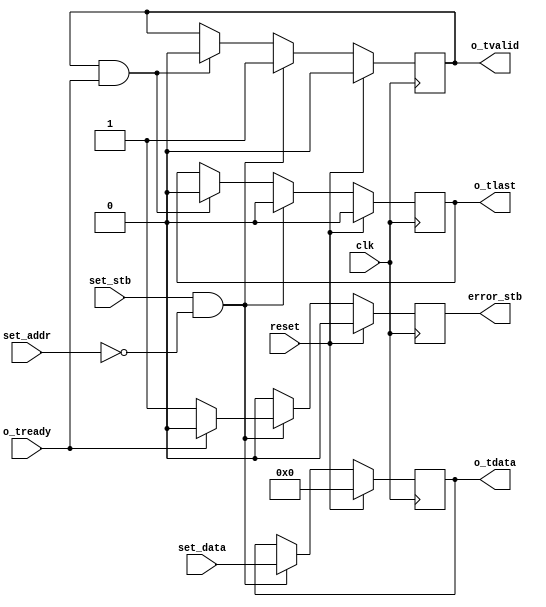
//
// Copyright 2016 Ettus Research
// Copyright 2018 Ettus Research, a National Instruments Company
//
// SPDX-License-Identifier: LGPL-3.0-or-later
//
// Settings register with AXI stream output.
//
// Parameters / common use cases:
// USE_ADDR_LAST & ADDR_LAST  User wants additional address that when written to asserts tlast.
//                            Useful for the last word in a packet.
// USE_FIFO & FIFO_SIZE       Downstream block can throttle and a FIFO is needed to handle that case.
// STROBE_LAST                User always wants to assert tlast on writes. More efficient than USE_ADDR_LAST
//                            since only one address is used instead of two.
// REPEATS                    Keep tvalid asserted after initial write.
// STROBE_LAST & REPEATS      tlast is asserted on the initial write then deasserted for repeating output. 
// MSB_ALIGN                  Left justify data versus right justify.

module axi_setting_reg #(
  parameter ADDR = 0,
  parameter USE_ADDR_LAST = 0,
  parameter ADDR_LAST = ADDR+1,
  parameter AWIDTH = 8,
  parameter WIDTH = 32,
  parameter USE_FIFO = 0,
  parameter FIFO_SIZE = 5,
  parameter DATA_AT_RESET = 0,
  parameter VALID_AT_RESET = 0,
  parameter LAST_AT_RESET = 0,
  parameter STROBE_LAST = 0,
  parameter REPEATS = 0,
  parameter MSB_ALIGN = 0
)
(
  input clk, input reset, output reg error_stb,
  input set_stb, input [AWIDTH-1:0] set_addr, input [31:0] set_data,
  output [WIDTH-1:0] o_tdata, output o_tlast, output o_tvalid, input o_tready
);

  reg init;

  reg [WIDTH-1:0] o_tdata_int;
  reg o_tlast_int, o_tvalid_int = VALID_AT_RESET;
  wire o_tready_int;

  always @(posedge clk) begin
    if (reset) begin
      o_tdata_int <= DATA_AT_RESET;
      o_tvalid_int <= VALID_AT_RESET;
      o_tlast_int <= LAST_AT_RESET;
      init <= 1'b0;
      error_stb <= 1'b0;
    end else begin
      error_stb <= 1'b0;
      if (o_tvalid_int & o_tready_int) begin
        // Deassert tvalid / tlast only if not repeating the output
        if (REPEATS == 0) begin
          o_tvalid_int <= 1'b0;
        end
        if ((REPEATS == 0) | (STROBE_LAST == 1)) begin
          o_tlast_int <= 1'b0;
        end
      end
      if (set_stb & ((ADDR[AWIDTH-1:0] == set_addr) | (USE_ADDR_LAST & (ADDR_LAST[AWIDTH-1:0] == set_addr)))) begin
        init <= 1'b1;
        o_tdata_int <= (MSB_ALIGN == 0) ? set_data[WIDTH-1:0] : set_data[31:32-WIDTH];
        o_tvalid_int <= 1'b1;
        if (set_stb & (STROBE_LAST | (USE_ADDR_LAST & (ADDR_LAST[AWIDTH-1:0] == set_addr)))) begin
          o_tlast_int <= 1'b1;
        end else begin
          o_tlast_int <= 1'b0;
        end
        if (~o_tready_int) begin
          error_stb <= 1'b1;
        end
      end
    end
  end

  generate
    if (USE_FIFO) begin
      axi_fifo #(
        .WIDTH(WIDTH+1), .SIZE(FIFO_SIZE))
      axi_fifo (
        .clk(clk), .reset(reset), .clear(1'b0),
        .i_tdata({o_tlast_int,o_tdata_int}), .i_tvalid(o_tvalid_int), .i_tready(o_tready_int),
        .o_tdata({o_tlast,o_tdata}), .o_tvalid(o_tvalid), .o_tready(o_tready),
        .space(), .occupied());
    end else begin
      assign o_tdata = o_tdata_int;
      assign o_tlast = o_tlast_int;
      assign o_tvalid = o_tvalid_int;
      assign o_tready_int = o_tready;
    end
  endgenerate

endmodule